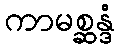
ကာမစ္ဆန္ဒံ